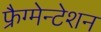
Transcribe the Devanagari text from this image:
फ्रैग्मेन्टेशन